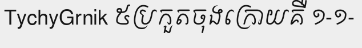
TychyGrnik ៥ប្រកួតចុងក្រោយគឺ ១-១-